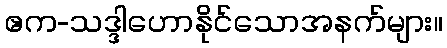
ဧက-သဒ္ဒါဟောနိုင်သောအနက်များ။